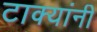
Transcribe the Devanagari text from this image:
टाक्यांनी